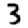
Digit: 3